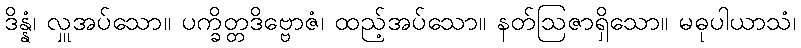
ဒိန္နံ၊ လှူအပ်သော။ ပက္ခိတ္တဒိဗ္ဗောဇံ၊ ထည့်အပ်သော။ နတ်ဩဇာရှိသော။ မဓုပါယာသံ၊